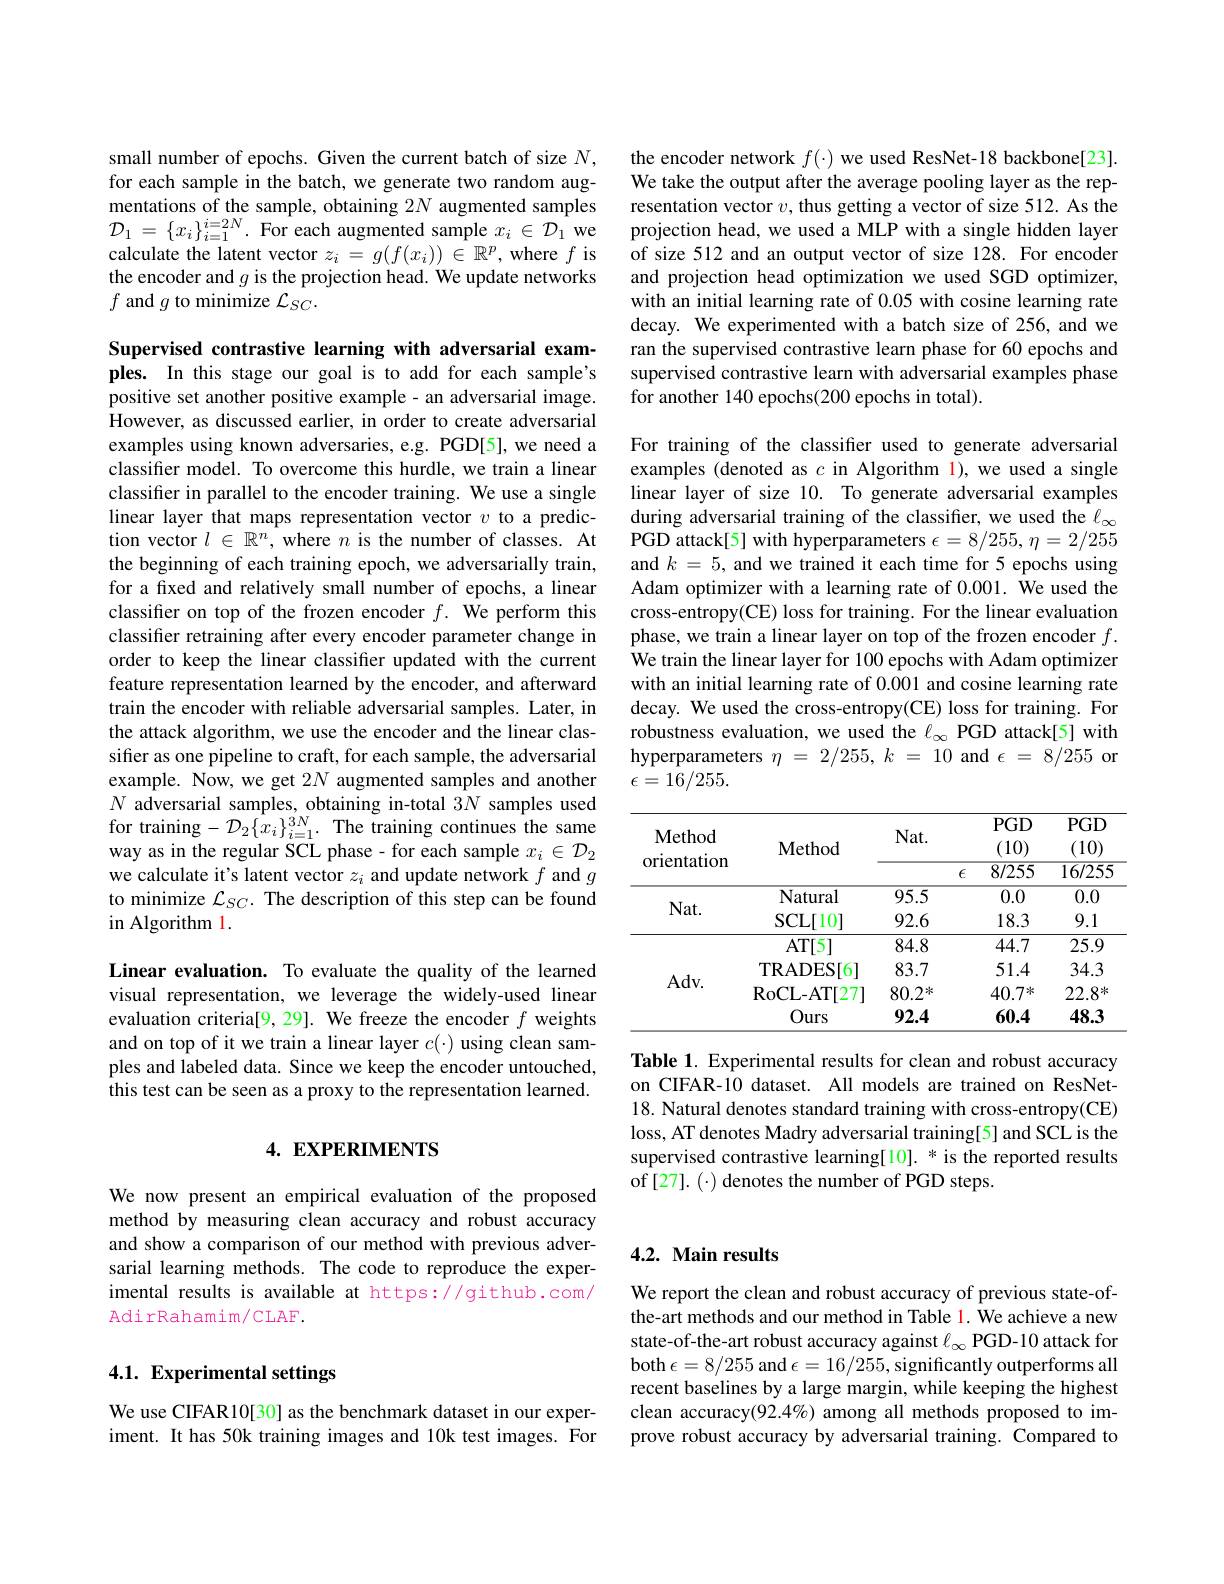
small number of epochs. Given the current batch of size $N$, for each sample in the batch, we generate two random augmentations of the sample, obtaining $2N$ augmented samples $\mathcal{D} _{1}$ = $\{ x_{i}\} _{i= 1}^{i= 2N}$ . For each augmented sample $x_i\in\mathcal{D}_{1}$ we calculate the latent vector $z_i=g(f(x_i))\in\mathbb{R}^p$, where $f$ is the encoder and $g$ is the projection head. We update networks $f$ and $g$ to minimize $\mathcal{L}_SC.$

Supervised contrastive learning with adversarial examples. In this stage our goal is to add for each sample's positive set another positive example- an adversarial image. However, as discussed earlier, in order to create adversarial examples using known adversaries, e.g. PGD[5], we need a classifier model. To overcome this hurdle, we train a linear classifier in parallel to the encoder training. We use a single linear layer that maps representation vector $v$ to a prediction vector $l\in\mathbb{R}^n$, where $n$ is the number of classes. At the beginning of each training epoch, we adversarially train, for a fixed and relatively small number of epochs, a linear classifier on top of the frozen encoder $f.$ We perform this classifier retraining after every encoder parameter change in order to keep the linear classifier updated with the current feature representation learned by the encoder, and afterward train the encoder with reliable adversarial samples. Later, in the attack algorithm, we use the encoder and the linear classifier as one pipeline to craft, for each sample, the adversarial example. Now, we get 2N augmented samples and another $N$ adversarial samples, obtaining in-total $3N$ samples used for training$-\mathcal{D}_2\{x_i\}_{i=1}^{3N}.$The training continues the same way as in the regular SCL phase - for each sample $x_i\in\mathcal{D}_2$ we calculate it's latent vector $z_i$ and update network $f$ and $g$ to minimize $\mathcal{L}_SC.$ The description of this step can be found in Algorithm l.

Linear evaluation. To evaluate the quality of the learned visual representation, we leverage the widely-used linear evaluation criteria[9,29]. We freeze the encoder $f$ weights and on top of it we train a linear layer $c(\cdot)$ using clean samples and labeled data. Since we keep the encoder untouched, this test can be seen as a proxy to the representation learned.

# 4. EXPERIMENTS

We now present an empirical evaluation of the proposed method by measuring clean accuracy and robust accuracy and show a comparison of our method with previous adversarial learning methods. The code to reproduce the experimental results is available at https://github.com/ $\operatorname{AdirRahamim/CLAF}.$

## 4.1. Experimental settings

We use CIFAR10[30] as the benchmark dataset in our experiment. It has 50k training images and 10k test images. For

the encoder network $f(\cdot)$ we used ResNet-18 backbone[23]. We take the output after the average pooling layer as the representation vector $v$, thus getting a vector of size 512. As the projection head, we used a MLP with a single hidden layer of size 512 and an output vector of size 128. For encoder and projection head optimization we used SGD optimizer, with an initial learning rate of 0.05 with cosine learning rate decay. We experimented with a batch size of 256, and we ran the supervised contrastive learn phase for 60 epochs and supervised contrastive learn with adversarial examples phase for another 140 epochs(200 epochs in total).

For training of the classifier used to generate adversarial examples (denoted as $c$ in Algorithm 1),we used a single linear layer of size 10. To generate adversarial examples during adversarial training of the classifer, we used the $\ell_\infty$ PGD attack[5] with hyperparameters $\epsilon=8/255,\eta=2/255$ and $k=5$, and we trained it each time for 5 epochs using Adam optimizer with a learning rate of 0.001. We used the cross-entropy(CE) loss for training. For the linear evaluation phase, we train a linear layer on top of the frozen encoder $f.$ We train the linear layer for 100 epochs with Adam optimizer with an initial learning rate of 0.001 and cosine learning rate decay. We used the cross-entropy(CE) loss for training. For robustness evaluation, we used the $\ell_\infty$ PGD attack[5] with hyperparameters $\eta$ = 2/255, $k$ = 10 and $\epsilon$ = 8/255 or $\epsilon=16/255.$

<table>
	<tbody>
		<tr>
			<th>$\mathbf{Method}$ $\dot{\mathrm{orientation}}$</th>
			<th>Method</th>
			<th>$Nat.$ $\epsilon$</th>
			<th>$PGD$ (10) 8/255</th>
			<th>$PGD$ (10) $\overline{16/255}$</th>
		</tr>
		<tr>
			<th>$\mathbf{Method}$</th>
			<th>Method</th>
			<th>$Nat.$</th>
			<th>$PGD$ (10)</th>
			<th>$PGD$ 10)</th>
		</tr>
		<tr>
			<th>Method $\dot{\mathrm{orientation}}$</th>
			<th>Method</th>
			<th>$Nat.$ $\epsilon$</th>
			<th>$PGD$ (10) 8/255</th>
			<th>$PGD$ (10) $\overline{16/255}$</th>
		</tr>
		<tr>
			<td rowspan="2">$Nat.$</td>
			<td>Natural</td>
			<td>95.5</td>
			<td>0.0</td>
			<td>0.0</td>
		</tr>
		<tr>
			<td>SCL[ 10] </td>
			<td>92.6</td>
			<td>18.3</td>
			<td>9.1</td>
		</tr>
		<tr>
			<td rowspan="4">$Adv.$</td>
			<td>$AT[5]$</td>
			<td>84.8</td>
			<td>44.7</td>
			<td>25.9</td>
		</tr>
		<tr>
			<td>TRADES[ 6] </td>
			<td>83.7</td>
			<td>51.4</td>
			<td>34.3</td>
		</tr>
		<tr>
			<td>RoCL- AT[ 27] </td>
			<td>$80.2^*$</td>
			<td>$40.7^{*}$</td>
			<td>$22.8^{*}$</td>
		</tr>
		<tr>
			<td>Ours</td>
			<td>92.4</td>
			<td>60.4</td>
			<td>48.3</td>
		</tr>
	</tbody>
</table>

Table 1. Experimental results for clean and robust accuracy on CIFAR-10 dataset. All models are trained on ResNet- 18. Natural denotes standard training with cross-entropy(CE) loss, AT denotes Madry adversarial training[5] and SCL is the supervised contrastive learning[10]. * is the reported results $of[27].(\cdot) denotes the number of PGD steps.$

## 4.2. Main results

We report the clean and robust accuracy of previous state-ofthe-art methods and our method in Table l. We achieve a new state-of-the-art robust accuracy against $\ell_\infty$ PGD-10 attack for both $\epsilon=8/255$ and $\epsilon=16/255$, significantly outperforms all recent baselines by a large margin, while keeping the highest clean accuracy(92.4%) among all methods proposed to improve robust accuracy by adversarial training. Compared to